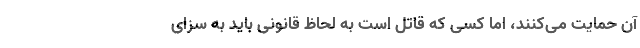
آن حمایت می‌کنند، اما کسی که قاتل است به لحاظ قانونی باید به سزای